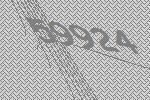
59924